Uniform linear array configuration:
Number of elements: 16
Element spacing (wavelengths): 0.75
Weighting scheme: cosine
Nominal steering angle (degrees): -15
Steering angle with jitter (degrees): -13.202
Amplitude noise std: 0.05
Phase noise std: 0.05

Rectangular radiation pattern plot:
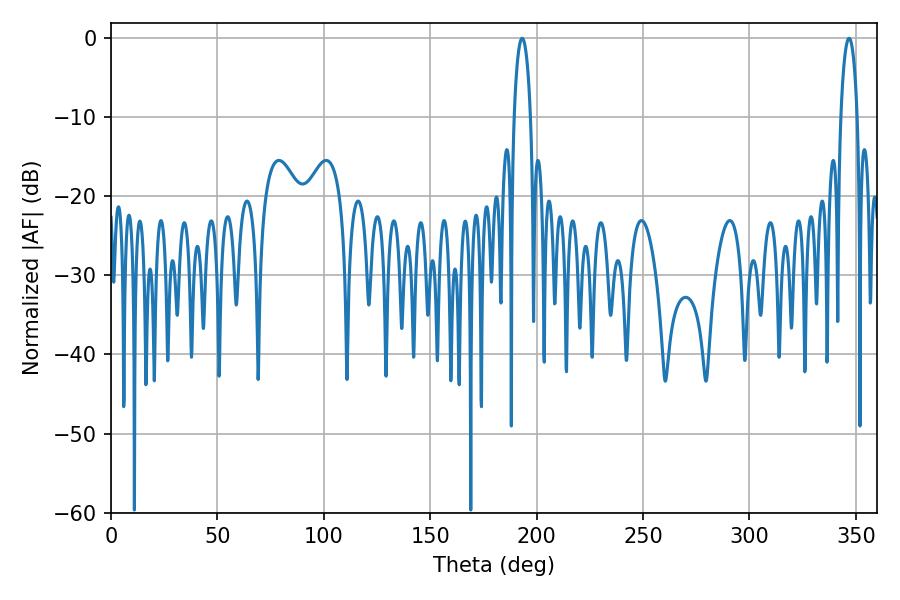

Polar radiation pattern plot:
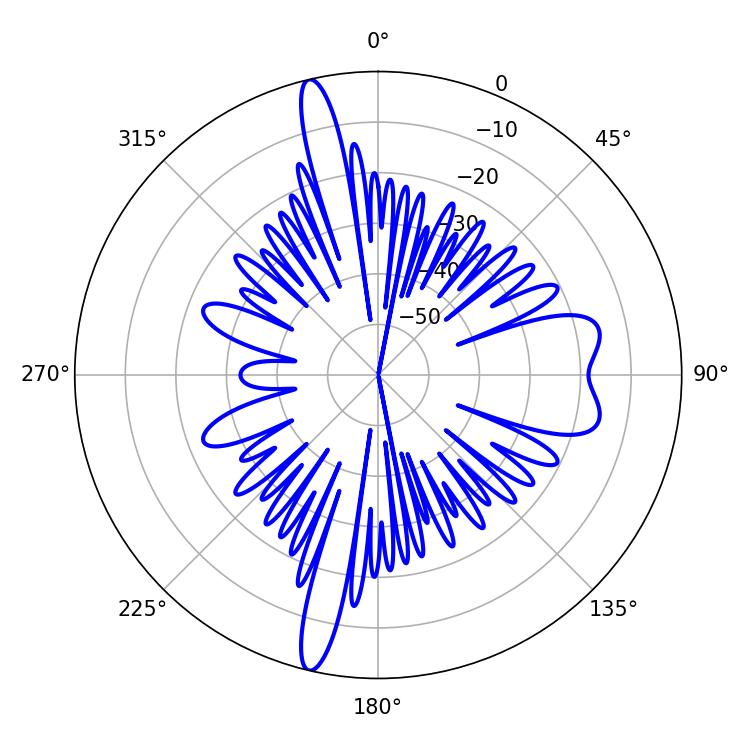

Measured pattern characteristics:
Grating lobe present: TRUE
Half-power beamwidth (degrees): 4.5
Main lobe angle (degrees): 193.14